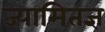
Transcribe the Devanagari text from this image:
ज्यामितज्ञ